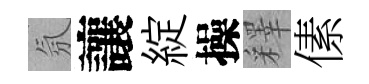
氛讓綻操釋傃